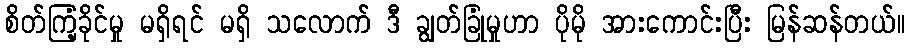
စိတ်ကြံ့ခိုင်မှု မရှိရင် မရှိ သလောက် ဒီ ချွတ်ခြုံမှုဟာ ပိုမို အားကောင်းပြီး မြန်ဆန်တယ်။